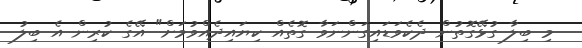
މި ބިލާ ގުޅޭގޮތުން ދެކެވަޑައިގަންނަވާ ގޮތެއް ކިޔައިދެއްވުމަށް" އޭގެ ކުރިން އެ ބިލު